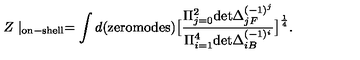
Z \mid _ { \mathrm { o n - s h e l l } } = \int d ( \mathrm { z e r o m o d e s } ) \big [ { \frac { \Pi _ { j = 0 } ^ { 2 } \mathrm { d e t } \Delta _ { j F } ^ { ( - 1 ) ^ { j } } } { \Pi _ { i = 1 } ^ { 4 } \mathrm { d e t } \Delta _ { i B } ^ { ( - 1 ) ^ { i } } } } \big ] ^ { \frac { 1 } { 4 } } .